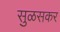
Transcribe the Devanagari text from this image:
सुळसकर